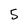
Character: 5